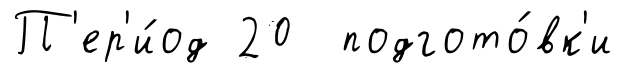
П'ер'и́од 20 подгото́вк'и